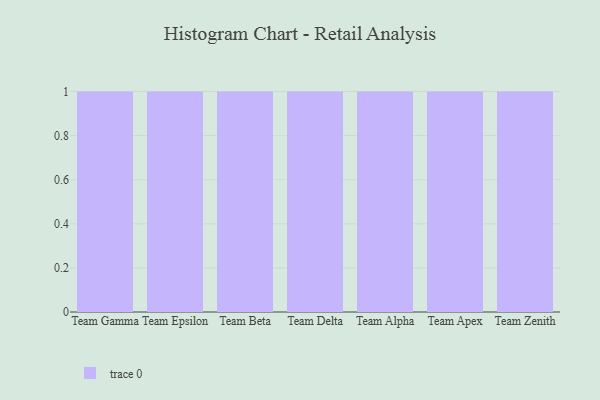
{"axis": {"x": "Team", "y": "LTV (USD)"}, "legend": [""], "data": [{"x": "Team Gamma", "y": 44, "type": ""}, {"x": "Team Epsilon", "y": 27, "type": ""}, {"x": "Team Beta", "y": 24, "type": ""}, {"x": "Team Delta", "y": 85, "type": ""}, {"x": "Team Alpha", "y": 48, "type": ""}, {"x": "Team Apex", "y": 51, "type": ""}, {"x": "Team Zenith", "y": 83, "type": ""}]}